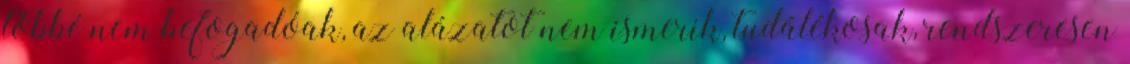
többé nem befogadóak, az alázatot nem ismerik, tudálékosak, rendszeresen